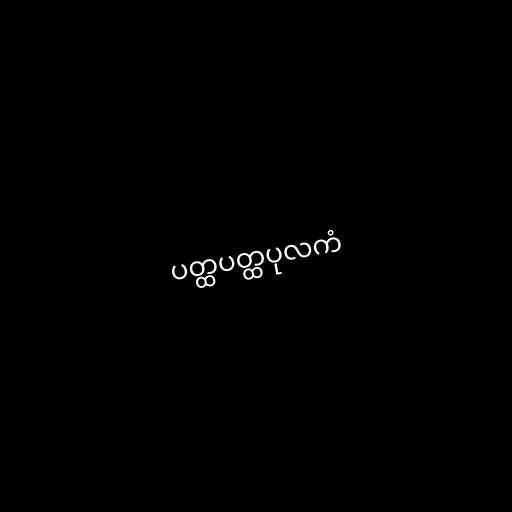
ပတ္ထပတ္ထပုလကံ